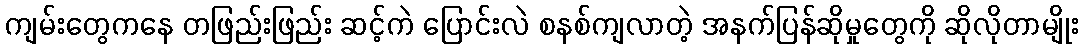
ကျမ်းတွေကနေ တဖြည်းဖြည်း ဆင့်ကဲ ပြောင်းလဲ စနစ်ကျလာတဲ့ အနက်ပြန်ဆိုမှုတွေကို ဆိုလိုတာမျိုး